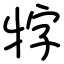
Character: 牸